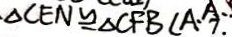
\Delta C E N \cong \Delta C F B ( A . 7